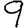
Digit: 9